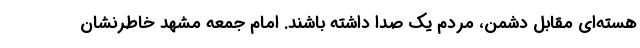
هسته‌ای مقابل دشمن، مردم یک صدا داشته باشند. امام جمعه مشهد خاطرنشان